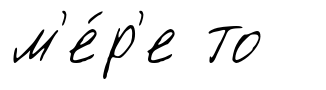
м'е́р'е то